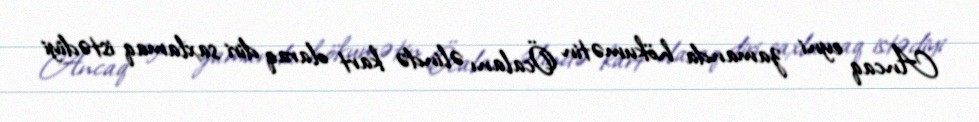
Ancaq eyni zamanda hökumətin Öcalanı əlində kart olaraq diri saxlamaq istədiyi